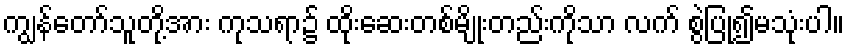
ကျွန်တော်သူတို့အား ကုသရာ၌ ထိုးဆေးတစ်မျိုးတည်းကိုသာ လက် စွဲပြု၍မသုံးပါ။